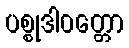
ပစ္စုဒါဝတ္တော